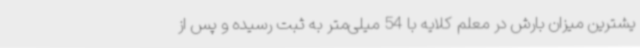
یشترین میزان بارش در معلم کلایه با 54 میلی‌متر به ثبت رسیده و پس از